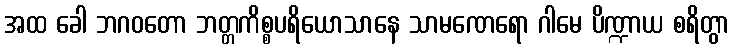
အထ ခေါ ဘဂဝတော ဘတ္တကိစ္စပရိယောသာနေ သာမဏေရော ဂါမေ ပိဏ္ဍာယ စရိတွာ